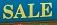
sale